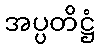
အပ္ပတိဋ္ဌံ